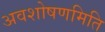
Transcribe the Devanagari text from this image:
अवशोषणमिति